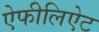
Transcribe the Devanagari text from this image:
ऐफीलिऐट